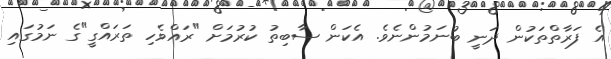
އެ ފަރާތްތަކުން ދަނީ ބުނަމުންނެވެ. އެކަން ސާބިތު ކުރުމަށް "ރައްވެހި ތަރައްގީ"ގެ ނަމުގައި